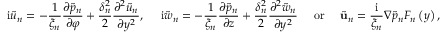
\mathrm { i } \tilde { u } _ { n } = - \frac { 1 } { \xi _ { n } } \frac { \partial \tilde { p } _ { n } } { \partial \varphi } + \frac { \delta _ { n } ^ { 2 } } { 2 } \frac { \partial ^ { 2 } \tilde { u } _ { n } } { \partial y ^ { 2 } } , \ \ \ \ \mathrm { i } \tilde { w } _ { n } = - \frac { 1 } { \xi _ { n } } \frac { \partial \tilde { p } _ { n } } { \partial z } + \frac { \delta _ { n } ^ { 2 } } { 2 } \frac { \partial ^ { 2 } \tilde { w } _ { n } } { \partial y ^ { 2 } } \ \ \ \ \mathrm { o r } \ \ \ \ \tilde { \mathbf { u } } _ { n } = \frac { \mathrm { i } } { \xi _ { n } } \nabla \tilde { p } _ { n } F _ { n } \left( y \right) ,